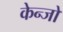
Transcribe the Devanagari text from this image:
केन्जो